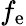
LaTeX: f_{\mathrm{e}}